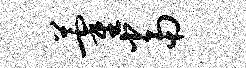
藿当